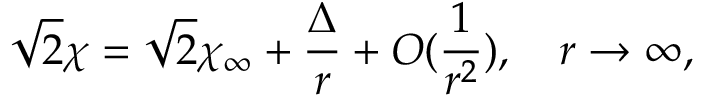
\sqrt { 2 } \chi = \sqrt { 2 } \chi _ { \infty } + \frac { \Delta } { r } + O ( \frac { 1 } { r ^ { 2 } } ) , \quad r \rightarrow \infty ,